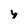
Character: y